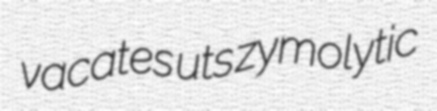
vacates uts zymolytic